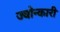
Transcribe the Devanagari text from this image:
ज्वोन्कारी